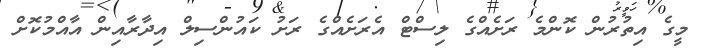
މީގެ އިތުރުން ކޮންމެ ރަށެއްގެ ލިސްޓް އެރަށެއްގެ ރަށު ކައުންސިލް އިދާރާއިން އާއްމުކޮށް